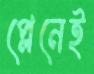
প্লেনেই